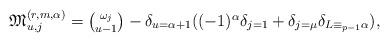
LaTeX: \begin{align*}\textstyle \mathfrak M^{(r,m,\alpha)}_{u,j} & \textstyle = {\omega_j \choose u-1} - \delta_{u=\alpha+1}((-1)^\alpha\delta_{j=1}+\delta_{j=\mu}\delta_{L \equiv_{p-1} \alpha}),\end{align*}